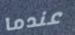
عندما